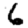
Digit: 6